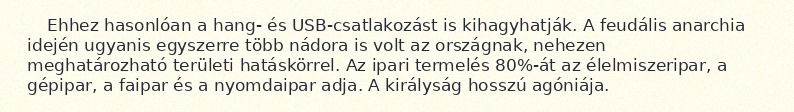
Ehhez hasonlóan a hang- és USB-csatlakozást is kihagyhatják. A feudális anarchia idején ugyanis egyszerre több nádora is volt az országnak, nehezen meghatározható területi hatáskörrel. Az ipari termelés 80%-át az élelmiszeripar, a gépipar, a faipar és a nyomdaipar adja. A királyság hosszú agóniája.